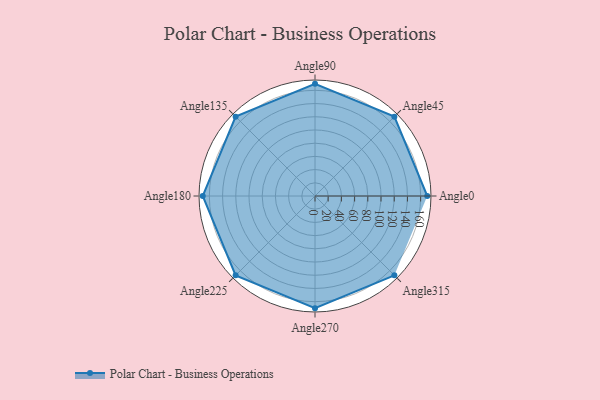
{"axis": {"x": "Angle", "y": "Radius"}, "legend": [""], "data": [{"x": "Angle0", "y": 170, "type": ""}, {"x": "Angle45", "y": 170, "type": ""}, {"x": "Angle90", "y": 170, "type": ""}, {"x": "Angle135", "y": 170, "type": ""}, {"x": "Angle180", "y": 170, "type": ""}, {"x": "Angle225", "y": 170, "type": ""}, {"x": "Angle270", "y": 170, "type": ""}, {"x": "Angle315", "y": 170, "type": ""}]}